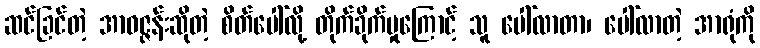
ဆင်ခြင်တဲ့ အာဝဇ္ဇန်းဆိုတဲ့ စိတ်ပေါ်လို့ တိုက်ခိုက်မှုကြောင့် သူ ပေါ်လာတာ၊ ပေါ်လာတဲ့ အာရုံကို